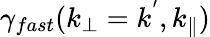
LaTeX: \gamma_{fast}(k_{\perp}=k^{'},k_{\parallel})